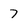
Character: 7